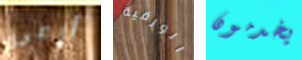
أرعى الورقية يخدمون